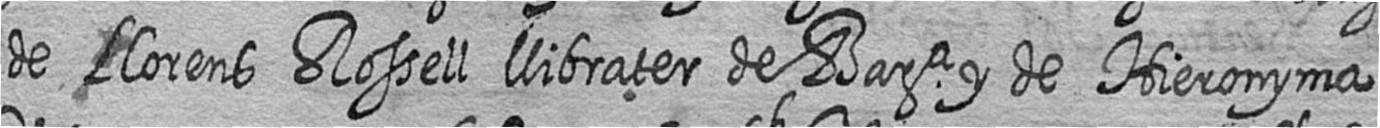
de Llorens Rossell llibrater de Bara y de Hieronyma